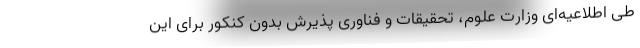
طی اطلاعیه‌ای وزارت علوم، تحقیقات و فناوری پذیرش بدون کنکور برای این